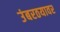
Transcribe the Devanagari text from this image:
उंबरठयावर